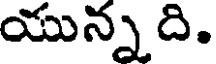
యున్న ది.